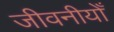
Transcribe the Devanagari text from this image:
जीवनीयोँ